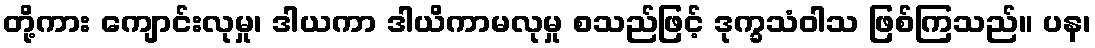
တို့ကား ကျောင်းလုမှု၊ ဒါယကာ ဒါယိကာမလုမှု စသည်ဖြင့် ဒုက္ခသံဝါသ ဖြစ်ကြသည်။ ပန၊